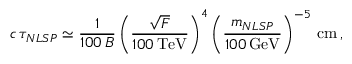
c \, \tau _ { N L S P } \simeq \frac { 1 } { 1 0 0 \, \cal { B } } \left( \frac { \sqrt { F } } { 1 0 0 \, \mathrm { T e V } } \right) ^ { 4 } \left( \frac { m _ { N L S P } } { 1 0 0 \, \mathrm { G e V } } \right) ^ { - 5 } \, \mathrm { c m } \, ,